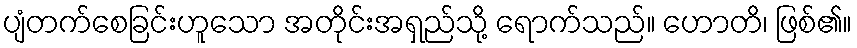
ပျံတက်စေခြင်းဟူသော အတိုင်းအရှည်သို့ ရောက်သည်။ ဟောတိ၊ ဖြစ်၏။